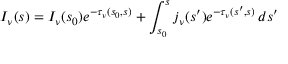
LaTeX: I _ { \nu } ( s ) = I _ { \nu } ( s _ { 0 } ) e ^ { - \tau _ { \nu } ( s _ { 0 } , s ) } + \int _ { s _ { 0 } } ^ { s } j _ { \nu } ( s ^ { \prime } ) e ^ { - \tau _ { \nu } ( s ^ { \prime } , s ) } \, d s ^ { \prime }